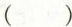
()